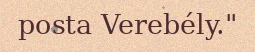
posta Verebély."